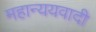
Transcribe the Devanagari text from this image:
महान्ययवादी